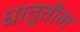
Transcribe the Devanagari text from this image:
धातूतील